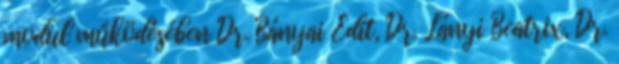
modul működésében Dr. Bányai Edit, Dr. Lányi Beatrix, Dr.